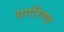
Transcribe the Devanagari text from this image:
सपरिषद